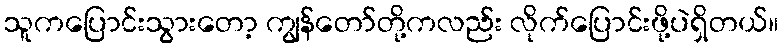
သူကပြောင်းသွားတော့ ကျွန်တော်တို့ကလည်း လိုက်ပြောင်းဖို့ပဲရှိတယ်။